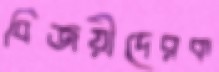
বিজয়ীদেরক